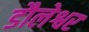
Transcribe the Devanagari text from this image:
डौलेश्वर